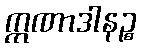
ဣဏာဒါနဉ္စ